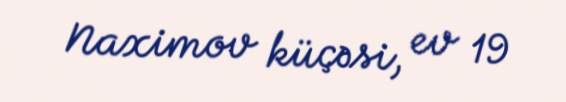
Naximov küçəsi, ev 19